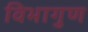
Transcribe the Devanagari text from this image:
विभागुण